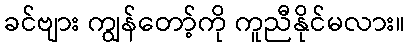
ခင်ဗျား ကျွန်တော့်ကို ကူညီနိုင်မလား။